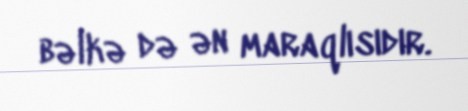
bəlkə də ən maraqlısıdır.